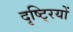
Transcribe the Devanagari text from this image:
दृष्टि्रयों